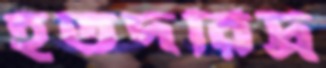
হতদরিদ্র